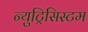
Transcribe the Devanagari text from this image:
न्युट्रिसिस्टम